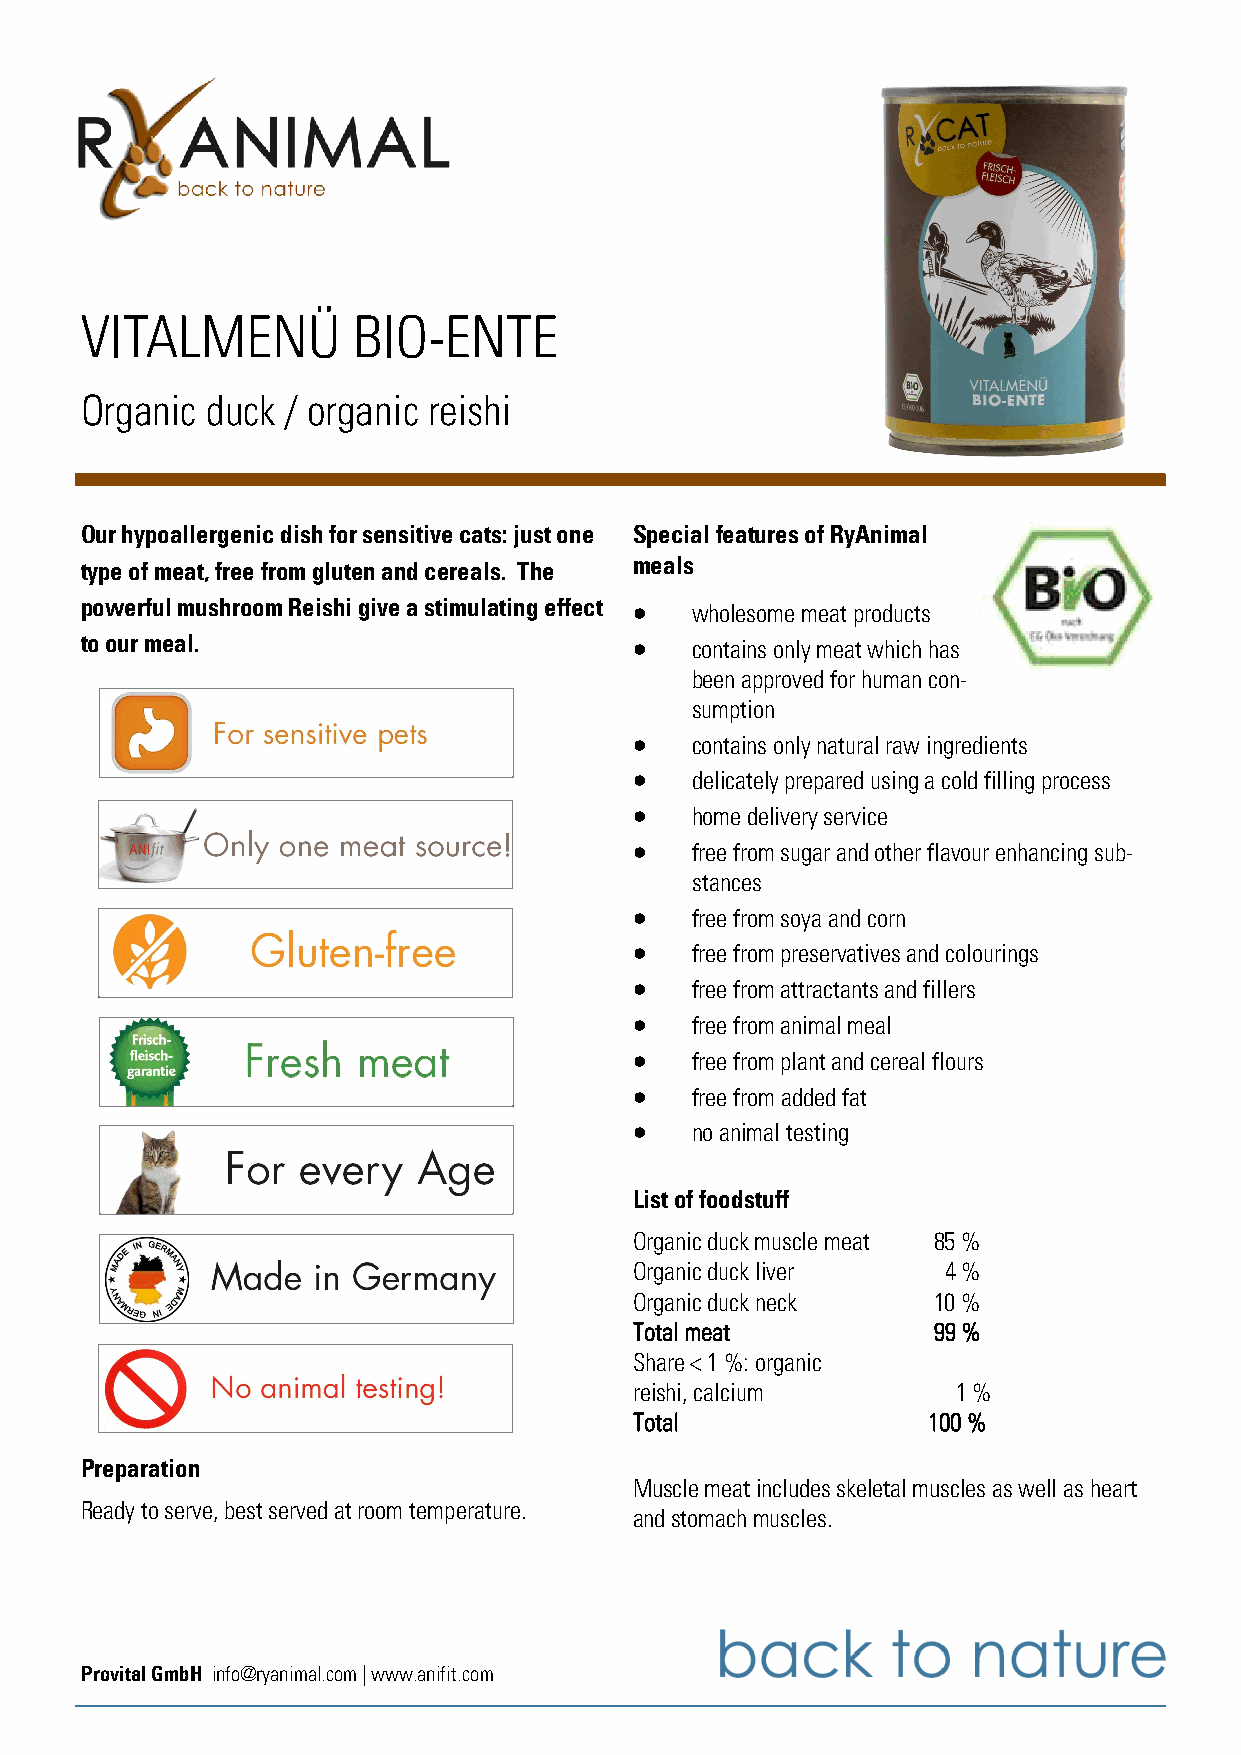
VITALMENÜ         BIO-ENTE
 Organic  duck / organic reishi
 Our hypoallergenic dish for sensitive cats: just one Special features of RyAnimal
 type of meat, free from gluten and cereals. The meals
 powerful mushroom Reishi give a stimulating effect • wholesome meat products
 to our meal.                         •   contains only meat which has
 been approved for human con-
 sumption
 •   contains only natural raw ingredients
 •   delicately prepared using a cold filling process
 •   home delivery service
 •   free from sugar and other flavour enhancing sub-
 stances
 •   free from soya and corn
 •   free from preservatives and colourings
 •   free from attractants and fillers
 •   free from animal meal
 •   free from plant and cereal flours
 •   free from added fat
 •   no animal testing
 List of foodstuff
 Organic duck muscle meat 85 %
 Organic duck liver  4 %
 Organic duck neck   10 %
 Total meat          99 %
 Share < 1 %: organic
 reishi, calcium      1 %
 Total              100 %
 Preparation
 Muscle meat includes skeletal muscles as well as heart
 Ready to serve, best served at room temperature.
 and stomach muscles.
 Provital GmbH info@ryanimal.com | www.anifit.com